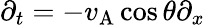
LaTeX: \partial_{t}=-v_{\mathrm{A}}\cos\theta\partial_{x}